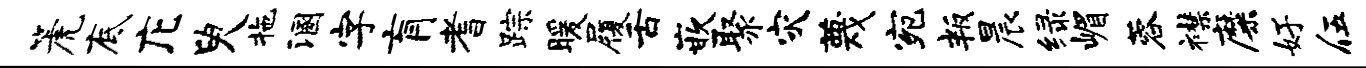
篪底庀臾拖溷字肓耆踪暖履舌嵌聚灾蔑宛叛晨绿嵋蓉襟靡好伍